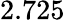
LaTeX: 2.725